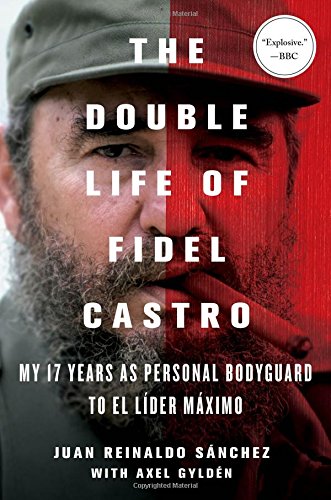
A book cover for The Double Life of Fidel Castro: My 17 Years as Personal Bodyguard to El Lider Maximo; Juan Reinaldo Sanchez; History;